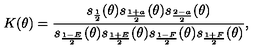
K ( \theta ) = \frac { s _ { \frac { 1 } { 2 } } ( \theta ) s _ { \frac { 1 + a } { 2 } } ( \theta ) s _ { \frac { 2 - a } { 2 } } ( \theta ) } { s _ { \frac { 1 - E } { 2 } } ( \theta ) s _ { \frac { 1 + E } { 2 } } ( \theta ) s _ { \frac { 1 - F } { 2 } } ( \theta ) s _ { \frac { 1 + F } { 2 } } ( \theta ) } ,